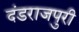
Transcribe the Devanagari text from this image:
दंडराजपुरी